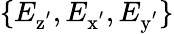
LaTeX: \{ E_{\mathrm{z^{'}}},E_{\mathrm{x^{'}}},E_{\mathrm{y^{'}}}\}